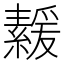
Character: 𦅻